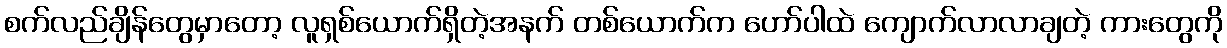
စက်လည်ချိန်တွေမှာတော့ လူရှစ်ယောက်ရှိတဲ့အနက် တစ်ယောက်က ဟော်ပါထဲ ကျောက်လာလာချတဲ့ ကားတွေကို